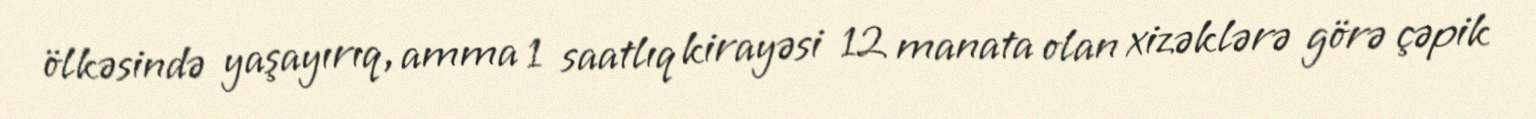
ölkəsində yaşayırıq, amma 1 saatlıq kirayəsi 12 manata olan xizəklərə görə çəpik